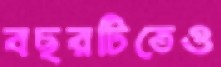
বছরটিতেও